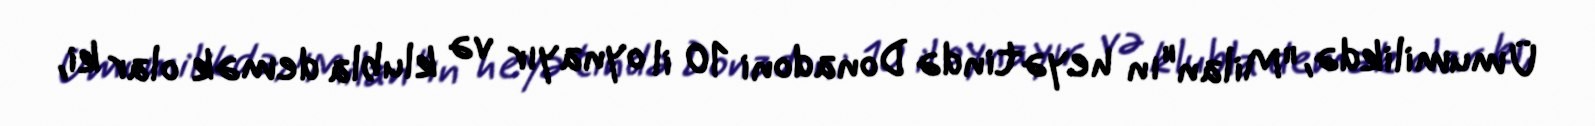
Ümumilikdə, "Milan"ın heyətində Donadoni 10 il oynayır və klubla demək olar ki,